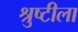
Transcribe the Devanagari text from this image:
श्रुष्टीला